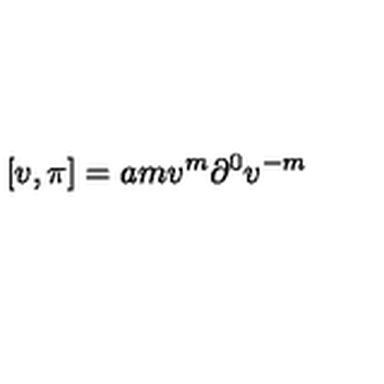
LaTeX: \lbrack v , \pi ] = a m v ^ { m } \partial ^ { 0 } v ^ { - m }